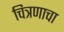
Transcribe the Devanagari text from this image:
चित्रणाचा